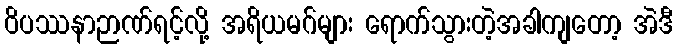
ဝိပဿနာဉာဏ်ရင့်လို့ အရိယမဂ်များ ရောက်သွားတဲ့အခါကျတော့ အဲဒီ